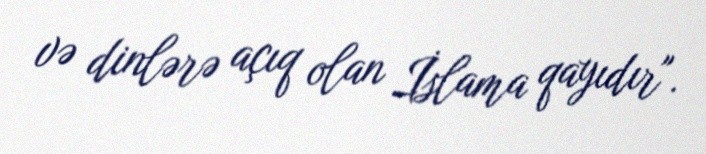
və dinlərə açıq olan İslama qayıdır".